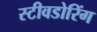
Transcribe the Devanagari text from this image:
स्टीवडोरिंग